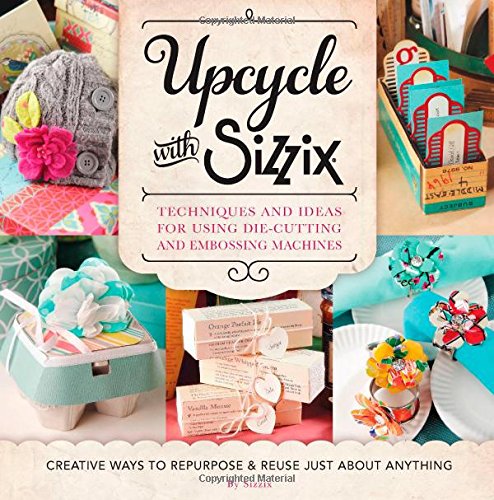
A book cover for Upcycle with Sizzix: Techniques and Ideas for using Sizzix Die-Cutting and Embossing Machines - Creative Ways to Repurpose and Reuse Just about Anything (A Cut Above); Sizzix; Crafts, Hobbies & Home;